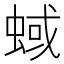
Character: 蜮